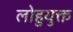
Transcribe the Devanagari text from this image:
लोहुयुक्त